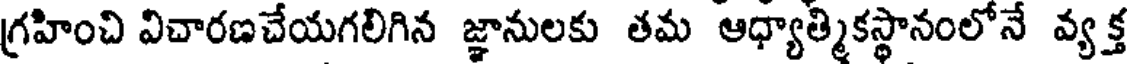
గ్రహించి విచారణచేయగలిగిన జ్ఞానులకు తమ ఆధ్యాత్మికస్థానంలోనే వ్యక్త